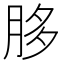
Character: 䏧